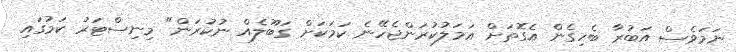
ނަމަވެސް އަބުރާ ބެހިގެން އެގޮތަށް އަމަލުކުރަންޖެހޭނެ ކަމަކަށް ގަބޫލެއް ނުކުރަން" މިނިސްޓަރު ކަމުގައި